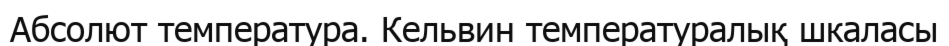
Абсолют температура. Кельвин температуралық шкаласы